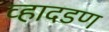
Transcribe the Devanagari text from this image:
व्हादडण